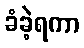
ခံခဲ့ရကာ